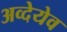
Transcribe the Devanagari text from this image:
अव्देयेव